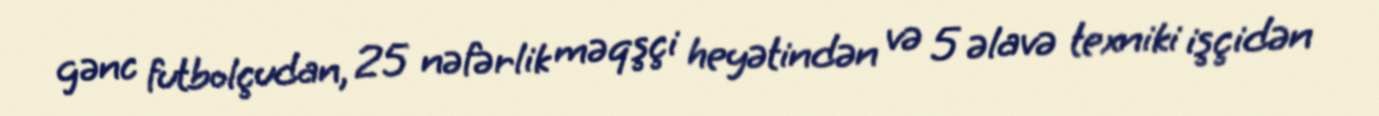
gənc futbolçudan, 25 nəfərlik məqşçi heyətindən və 5 əlavə texniki işçidən